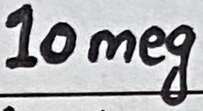
Text: 10meg